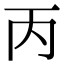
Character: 丙